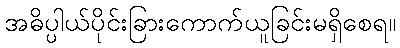
အဓိပ္ပါယ်ပိုင်းခြားကောက်ယူခြင်းမရှိစေရ။